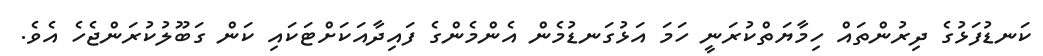
ކަނޑުފަޅުގެ ދިރުންތައް ހިމާޔަތްކުރަނީ ހަމަ އަޅުގަނޑުމެން އެންމެންގެ ފައިދާއަކަށްޓަކައި ކަން ގަބޫލުކުރަންޖެހެ އެވެ.